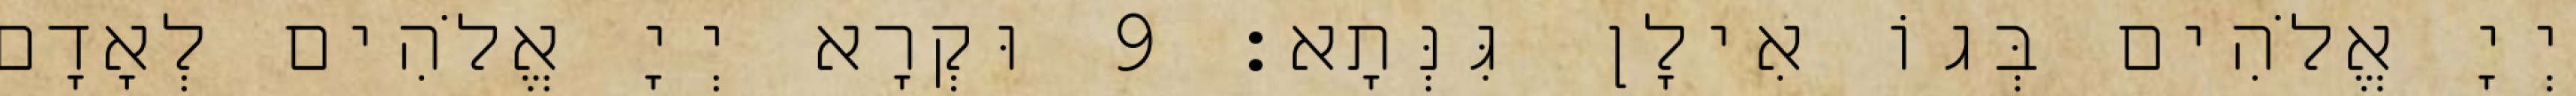
יְיָ אֱלֹהִים בְּגוֹ אִילָן גִּנְּתָא׃ 9 וּקְרָא יְיָ אֱלֹהִים לְאָדָם